Indian journal of veterinary science and animal husbandry - Volumes 24-25, 1954-1955
Year: 1954
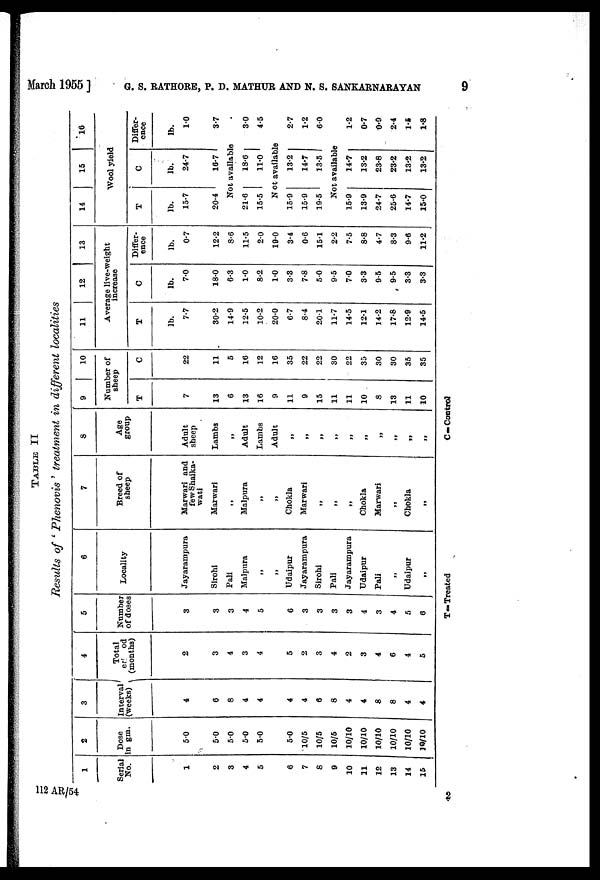
March 1955] G. S. RATHORE, P. D. MATHUR AND N. S. SANKARNARAYAN 9
TABLE II
Results of ' Phenovis ' treatment in different localities
1
Serial
No.
1
2
3
4
5
6
7
8
9
10
11
12
13
14
15
2
Dose
in gm.
5.0
5.0
5.0
5.0
5.0
5.0
10/5
10/5
10/5
10/10
10/10
10/10
10/10
10/10
10/10
3
Interval
(weeks)
4
6
8
4
4
4
4
6
8
4
4
8
8
4
4
4
Total
ed od
(months)
2
3
4
3
4
5
2
3
4
2
3
4
6
4
5
5
Number
of doses
3
3
3
4
5
6
3
3
3
3
4
3
4
5
6
6
Locality
Jayarampura
Sirohi
Pali
Malpura
„
„
Udaipur
Jayarampura
Sirohi
Pali
Jayarampura
Udaipur
Pali
„
Udaipur
„
7
Breed of
sheep
Marwari and
few Shaika-
wati
Marwari
„
Malpura
„
„
Chokla
Marwari
„
„
„
Chokla
Marwari
„
Chokla
„
8
Age
group
Adult
sheep
Lambs
„
Adult
Lambs
Adult
„
„
„
„
„
„
„
„
„
„
9
10
Number of
sheep
T
7
13
6
13
16
9
11
9
15
11
11
10
8
13
11
10
C
22
11
5
16
12
16
35
22
22
30
22
35
30
30
35
35
11
12
13
Average live-weight
increase
T
lb.
7.7
30.2
14.9
12.5
10.2
20.0
6.7
8.4
20.1
11.7
14.5
12.1
14.2
17.8
12.9
14.5
C
lb.
7.0
18.0
6.3
1.0
8.2
1.0
3.3
7.8
5.0
9.5
7.0
3.3
9.5
9.5
3.3
3.3
Differ-
ence
lb.
0.7
12.2
8.6
11.5
2.0
19.0
3.4
0.6
15.1
2.2
7.5
8.8
4.7
8.3
9.6
11.2
14
15
16
Wool yield
T
lb.
15.7
20.4
C
lb.
24.7
16.7
Differ-
ence
lb.
1.0
3.7
Not available
21.6
15.5
18.6
11.0
3.0
4.5
Not available
15.9
15.9
19.5
13.2
14.7
13.5
2.7
1.2
6.0
Not available
15.9
13.9
24.7
25.6
14.7
15.0
14.7
13.2
23.8
23.2
13.2
13.2
1.2
0.7
0.9
2.4
1.5
1.8
T=Treated
C=Control
112 AR/54
2